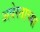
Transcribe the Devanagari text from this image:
अवेस्ताच्या